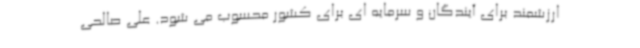
ارزشمند برای آیندگان و سرمایه ای برای کشور محسوب می شود. علی صالحی